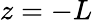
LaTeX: z=-L